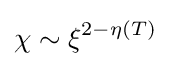
\chi \sim \xi ^{2-\eta (T)}